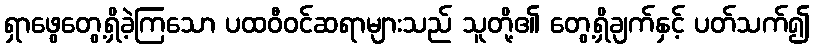
ရှာဖွေတွေ့ရှိခဲ့ကြသော ပထဝီဝင်ဆရာများသည် သူတို့၏ တွေ့ရှိချက်နှင့် ပတ်သက်၍